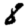
Digit: 8